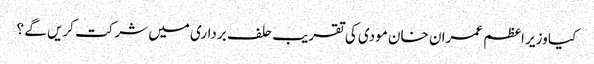
کیا وزیر اعظم عمران خان مودی کی تقریب حلف برداری میں شرکت کریں گے ؟